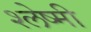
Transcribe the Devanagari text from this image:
श्लेष्मी